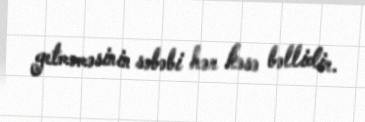
getməməsinin səbəbi hər kəsə bəllidir.